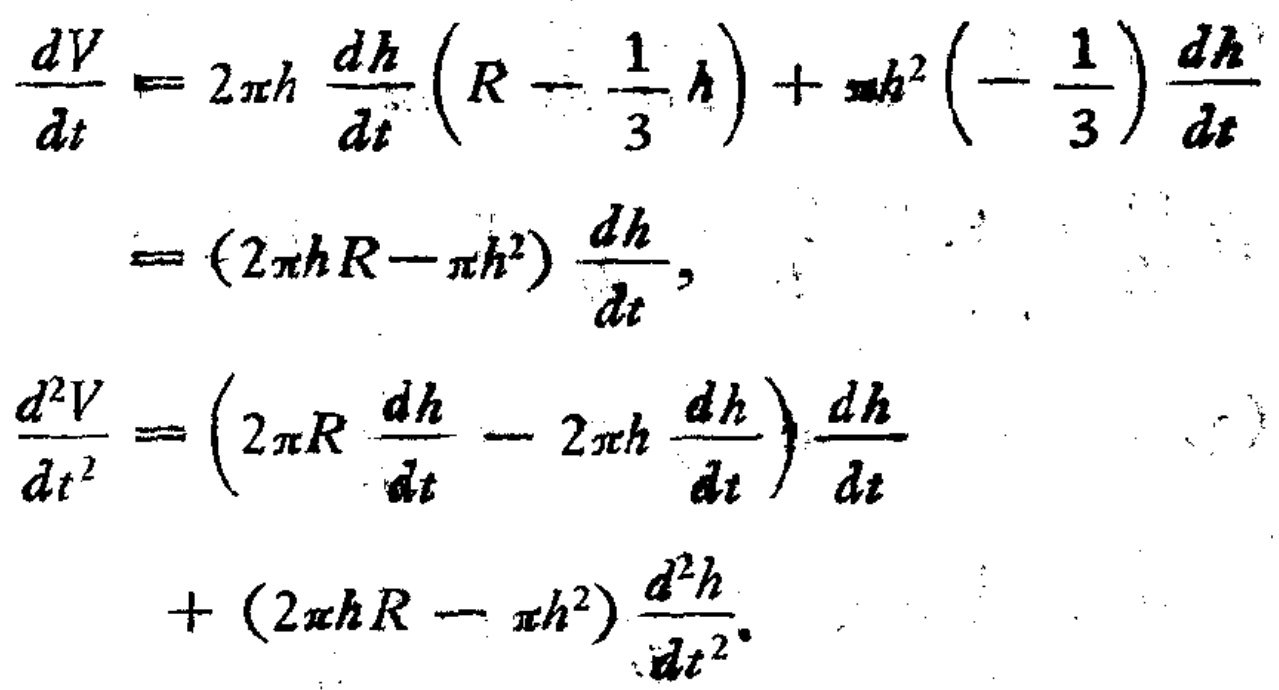
\begin{align*}
\frac{dV}{dt}&=2\pi h \frac{dh}{dt}\left(R - \frac{1}{3}h\right)+\pi h^{2}\left(-\frac{1}{3}\right)\frac{dh}{dt}\\
&=(2\pi hR - \pi h^{2})\frac{dh}{dt},\\
\frac{d^{2}V}{dt^{2}}&=\left(2\pi R \frac{dh}{dt}-2\pi h \frac{dh}{dt}\right)\frac{dh}{dt}\\
&+(2\pi hR - \pi h^{2})\frac{d^{2}h}{dt^{2}}.
\end{align*}